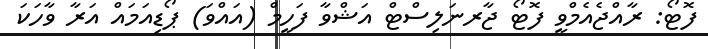
ފޮޓޯ: ރާއްޖެއެމްވީ ފޮޓޯ ޖާރނަލިސްޓް އަޝްވާ ފަހީމް (އައްވަ) ޕޯޑިއަމައް އަރާ ވާހަކަ